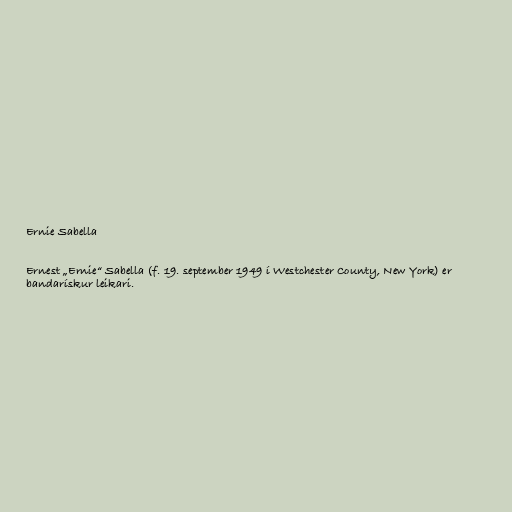
Ernie Sabella

Ernest „Ernie“ Sabella (f. 19. september 1949 í Westchester County, New York) er
bandarískur leikari.